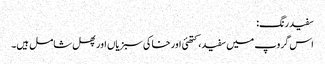
سفید رنگ:
اس گروپ میں سفید، کتھئی اور خاکی سبزیاں اور پھل شامل ہیں۔